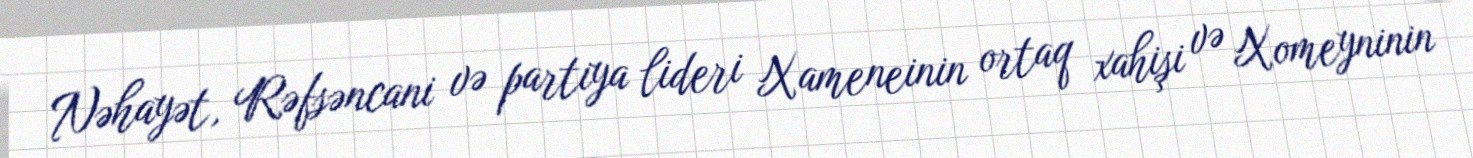
Nəhayət, Rəfsəncani və partiya lideri Xameneinin ortaq xahişi və Xomeyninin